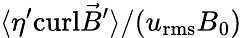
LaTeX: {\langle\eta^{\prime}\mathrm{curl}{\vec{B}}^{\prime}\rangle}/(u_{\mathrm{rms}}B_{0})